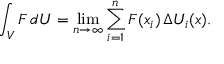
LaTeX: \int _ { V } F \, d U = \operatorname* { l i m } _ { n \rightarrow \infty } \sum _ { i = 1 } ^ { n } F ( x _ { i } ) \, \Delta U _ { i } ( x ) .